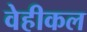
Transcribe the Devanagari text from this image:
वेहीकल